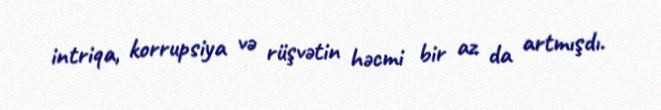
intriqa, korrupsiya və rüşvətin həcmi bir az da artmışdı.